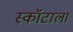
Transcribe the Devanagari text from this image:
स्कॉटाला